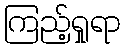
ကြည့်ရှုရာ